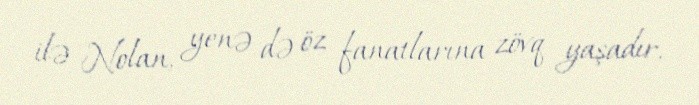
ilə Nolan, yenə də öz fanatlarına zövq yaşadır.